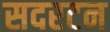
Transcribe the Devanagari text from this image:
सदरटन